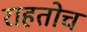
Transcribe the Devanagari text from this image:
राहतोच